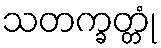
သတက္ခတ္တုံ